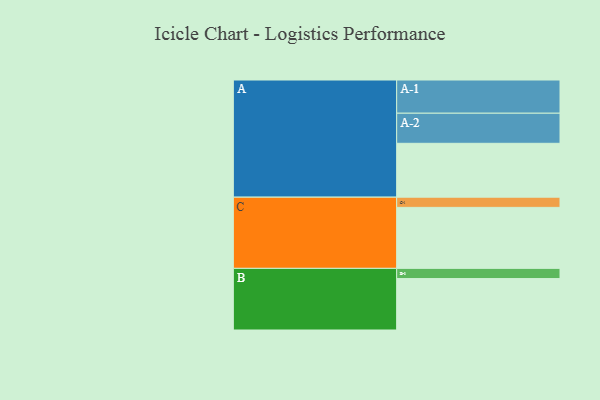
{"axis": {"x": "Segment", "y": "Value"}, "legend": ["", "A", "B", "C"], "data": [{"x": "A", "y": 417, "type": ""}, {"x": "B", "y": 398, "type": ""}, {"x": "C", "y": 472, "type": ""}, {"x": "A-1", "y": 257, "type": "A"}, {"x": "A-2", "y": 233, "type": "A"}, {"x": "B-1", "y": 79, "type": "B"}, {"x": "C-1", "y": 79, "type": "C"}]}